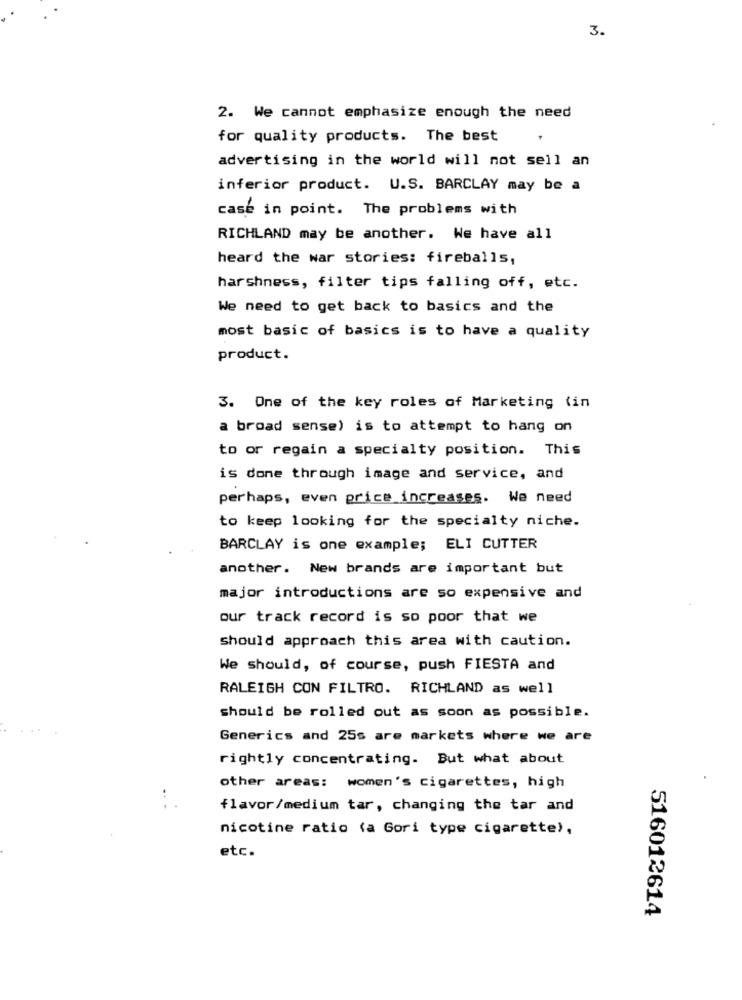
3.
2. We cannot emphasize enough the need
for quality products. The best
advertising in the world will not sell an
inferior product. U.S. BARCLAY may be a
case in point. The problems with
RICHLAND may be another. We have all
heard the war stories: fireballs,
harshness, filter tips falling off, etc.
We need to get back to basics and the
most basic of basics is to have a quality
product.
3. One of the key roles of Marketing (in
a broad sense) is to attempt to hang on
to or regain a specialty position. This
is done through image and service, and
perhaps, even price increases. We need
to keep looking for the specialty niche.
BARCLAY is one example; ELI CUTTER
another. New brands are important but
major introductions are so expensive and
our track record is so poor that we
should approach this area with caution.
We should, of course, push FIESTA and
RALEIGH CON FILTRO. RICHLAND as well
should be rolled out as soon as possible.
Generics and 25s are markets where we are
rightly concentrating. But what about
other areas: women's cigarettes, high
...
flavor/medium tar, changing the tar and
nicotine ratio (a Gori type cigarette),
etc.
516012614